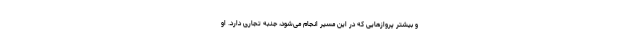
و بیشتر پروازهایی که در این مسیر انجام می‌شود، جنبه تجاری دارد. او